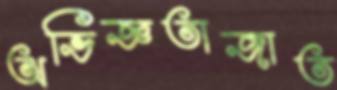
অভিজ্ঞতাজাত